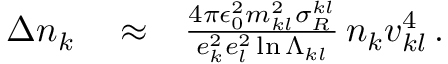
\begin{array} { r l r } { \Delta n _ { k } } & { { } \approx } & { \frac { 4 \pi \epsilon _ { 0 } ^ { 2 } m _ { k l } ^ { 2 } \sigma _ { R } ^ { k l } } { e _ { k } ^ { 2 } e _ { l } ^ { 2 } \ln \Lambda _ { k l } } \, n _ { k } v _ { k l } ^ { 4 } \, . } \end{array}